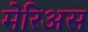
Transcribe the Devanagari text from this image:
मेरिअस